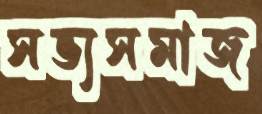
সভ্যসমাজ